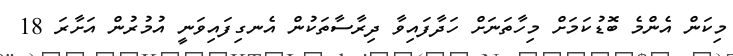
މިކަން އެންމެ ބޮޑުކަމަށް މިހާތަނަށް ހަދާފައިވާ ދިރާސާތަކުން އެނގިފައިވަނީ އުމުރުން އަށާރަ 18